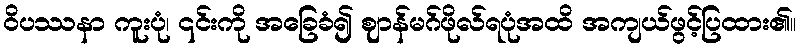
ဝိပဿနာ ကူးပုံ၊ ၎င်းကို အခြေခံ၍ ဈာန်မဂ်ဖိုလ်ရပုံအထိ အကျယ်ဖွင့်ပြထား၏။